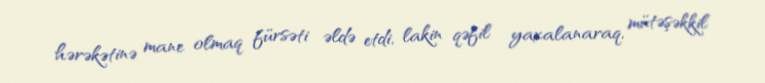
hərəkətinə mane olmaq fürsəti əldə etdi, lakin qəfil yaxalanaraq, mütəşəkkil